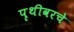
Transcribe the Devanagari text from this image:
पृथीवरचे